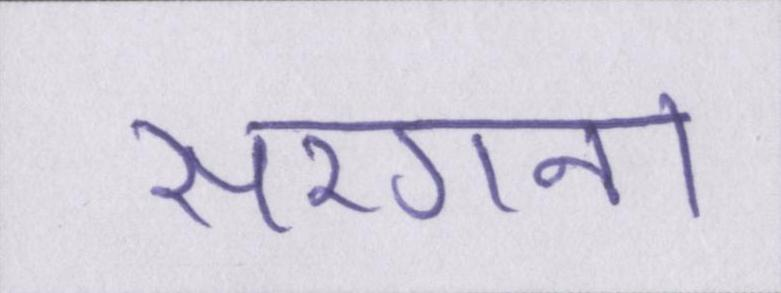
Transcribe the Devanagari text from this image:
सरगना